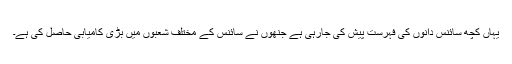
یہاں کچھ سائنس دانوں کی فہرست پیش کی جارہی ہے جنھوں نے سائنس کے مختلف شعبوں میں بڑی کامیابی حاصل کی ہے۔